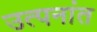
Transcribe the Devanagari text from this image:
उत्पनांत